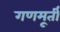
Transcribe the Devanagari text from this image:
गणमूर्ती